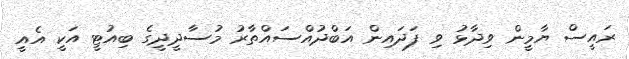
ރައީސް ޔާމީން ވިދާޅު ވި ފަދައިން އަބްދުއްސައްތާރު މުސާދީދީގެ ބިއުޓީ އަކީ އެއީ